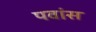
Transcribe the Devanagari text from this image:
पवांस